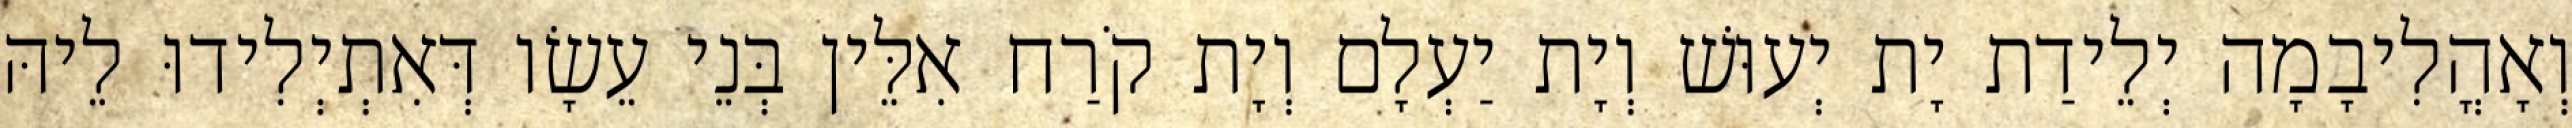
וְאָהֳלִיבָמָה יְלֵידַת יָת יְעוּשׁ וְיָת יַעְלָם וְיָת קֹרַח אִלֵּין בְּנֵי עֵשָׂו דְּאִתְיְלִידוּ לֵיהּ